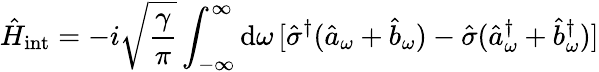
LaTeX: \hat{H}_{\mathrm{int}}=-i\sqrt{\frac{\gamma}{\pi}}\int_{-\infty}^{\infty}\mathrm{d}\omega\, [\hat{\sigma}^{\dagger}(\hat{a}_{\omega}+\hat{b}_{\omega})-\hat{\sigma}(\hat{a}_{\omega}^{\dagger}+\hat{b}_{\omega}^{\dagger})]